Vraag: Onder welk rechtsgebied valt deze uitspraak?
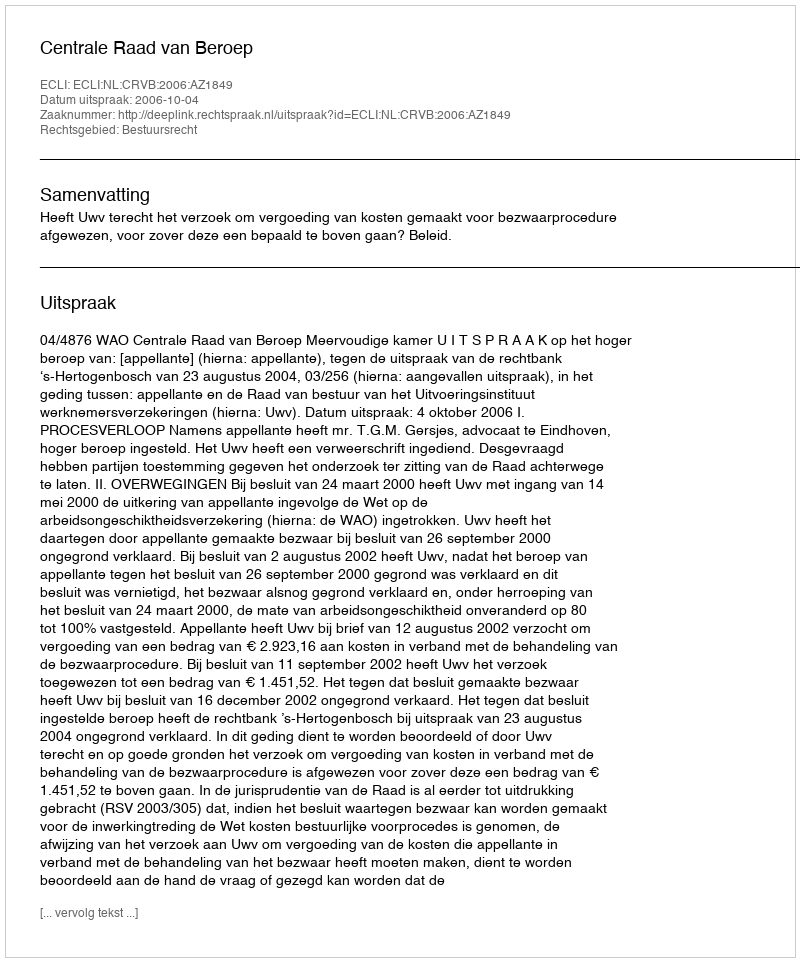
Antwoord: Bestuursrecht